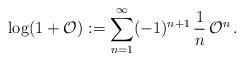
LaTeX: \begin{align*}\log (1+{\cal O}) := \sum\limits_{n=1}^\infty (-1)^{n+1} \, {1 \over n} \, {\cal O}^n \,.\end{align*}